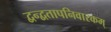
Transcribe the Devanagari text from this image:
द्वन्द्वतापनिवारकम्